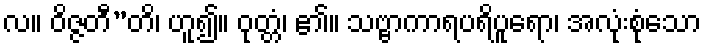
လ။ ဝိဇ္ဇတီ”တိ၊ ဟူ၍။ ဝုတ္တံ၊ ၏။ သဗ္ဗာကာရပရိပူရော၊ အလုံးစုံသော